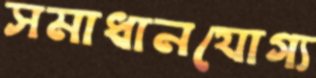
সমাধানযোগ্য